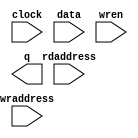
// megafunction wizard: %RAM: 2-PORT%VBB%
// GENERATION: STANDARD
// VERSION: WM1.0
// MODULE: altsyncram 

// ============================================================
// Megafunction Name(s):
// 			altsyncram
//
// Simulation Library Files(s):
// 			altera_mf
// ============================================================
// ************************************************************
// THIS IS A WIZARD-GENERATED FILE. DO NOT EDIT THIS FILE!
//
// 9.1 Build 350 03/24/2010 SP 2 SJ Web Edition
// ************************************************************

//Copyright (C) 1991-2010 Altera Corporation
//Your use of Altera Corporation's design tools, logic functions 
//and other software and tools, and its AMPP partner logic 
//functions, and any output files from any of the foregoing 
//(including device programming or simulation files), and any 
//associated documentation or information are expressly subject 
//to the terms and conditions of the Altera Program License 
//Subscription Agreement, Altera MegaCore Function License 
//Agreement, or other applicable license agreement, including, 
//without limitation, that your use is for the sole purpose of 
//programming logic devices manufactured by Altera and sold by 
//Altera or its authorized distributors.  Please refer to the 
//applicable agreement for further details.

module fir_ram (
	clock,
	data,
	rdaddress,
	wraddress,
	wren,
	q);

	input	  clock;
	input	[15:0]  data;
	input	[8:0]  rdaddress;
	input	[8:0]  wraddress;
	input	  wren;
	output	[15:0]  q;
`ifndef ALTERA_RESERVED_QIS
// synopsys translate_off
`endif
	tri1	  clock;
	tri0	  wren;
`ifndef ALTERA_RESERVED_QIS
// synopsys translate_on
`endif

endmodule

// ============================================================
// CNX file retrieval info
// ============================================================
// Retrieval info: PRIVATE: ADDRESSSTALL_A NUMERIC "0"
// Retrieval info: PRIVATE: ADDRESSSTALL_B NUMERIC "0"
// Retrieval info: PRIVATE: BYTEENA_ACLR_A NUMERIC "0"
// Retrieval info: PRIVATE: BYTEENA_ACLR_B NUMERIC "0"
// Retrieval info: PRIVATE: BYTE_ENABLE_A NUMERIC "0"
// Retrieval info: PRIVATE: BYTE_ENABLE_B NUMERIC "0"
// Retrieval info: PRIVATE: BYTE_SIZE NUMERIC "8"
// Retrieval info: PRIVATE: BlankMemory NUMERIC "1"
// Retrieval info: PRIVATE: CLOCK_ENABLE_INPUT_A NUMERIC "0"
// Retrieval info: PRIVATE: CLOCK_ENABLE_INPUT_B NUMERIC "0"
// Retrieval info: PRIVATE: CLOCK_ENABLE_OUTPUT_A NUMERIC "0"
// Retrieval info: PRIVATE: CLOCK_ENABLE_OUTPUT_B NUMERIC "0"
// Retrieval info: PRIVATE: CLRdata NUMERIC "0"
// Retrieval info: PRIVATE: CLRq NUMERIC "0"
// Retrieval info: PRIVATE: CLRrdaddress NUMERIC "0"
// Retrieval info: PRIVATE: CLRrren NUMERIC "0"
// Retrieval info: PRIVATE: CLRwraddress NUMERIC "0"
// Retrieval info: PRIVATE: CLRwren NUMERIC "0"
// Retrieval info: PRIVATE: Clock NUMERIC "0"
// Retrieval info: PRIVATE: Clock_A NUMERIC "0"
// Retrieval info: PRIVATE: Clock_B NUMERIC "0"
// Retrieval info: PRIVATE: ECC NUMERIC "0"
// Retrieval info: PRIVATE: IMPLEMENT_IN_LES NUMERIC "0"
// Retrieval info: PRIVATE: INDATA_ACLR_B NUMERIC "0"
// Retrieval info: PRIVATE: INDATA_REG_B NUMERIC "0"
// Retrieval info: PRIVATE: INIT_FILE_LAYOUT STRING "PORT_B"
// Retrieval info: PRIVATE: INIT_TO_SIM_X NUMERIC "0"
// Retrieval info: PRIVATE: INTENDED_DEVICE_FAMILY STRING "Cyclone"
// Retrieval info: PRIVATE: JTAG_ENABLED NUMERIC "0"
// Retrieval info: PRIVATE: JTAG_ID STRING "NONE"
// Retrieval info: PRIVATE: MAXIMUM_DEPTH NUMERIC "0"
// Retrieval info: PRIVATE: MEMSIZE NUMERIC "8192"
// Retrieval info: PRIVATE: MEM_IN_BITS NUMERIC "0"
// Retrieval info: PRIVATE: MIFfilename STRING ""
// Retrieval info: PRIVATE: OPERATION_MODE NUMERIC "2"
// Retrieval info: PRIVATE: OUTDATA_ACLR_B NUMERIC "0"
// Retrieval info: PRIVATE: OUTDATA_REG_B NUMERIC "0"
// Retrieval info: PRIVATE: RAM_BLOCK_TYPE NUMERIC "0"
// Retrieval info: PRIVATE: READ_DURING_WRITE_MODE_MIXED_PORTS NUMERIC "2"
// Retrieval info: PRIVATE: READ_DURING_WRITE_MODE_PORT_A NUMERIC "4"
// Retrieval info: PRIVATE: READ_DURING_WRITE_MODE_PORT_B NUMERIC "4"
// Retrieval info: PRIVATE: REGdata NUMERIC "1"
// Retrieval info: PRIVATE: REGq NUMERIC "1"
// Retrieval info: PRIVATE: REGrdaddress NUMERIC "1"
// Retrieval info: PRIVATE: REGrren NUMERIC "1"
// Retrieval info: PRIVATE: REGwraddress NUMERIC "1"
// Retrieval info: PRIVATE: REGwren NUMERIC "1"
// Retrieval info: PRIVATE: SYNTH_WRAPPER_GEN_POSTFIX STRING "0"
// Retrieval info: PRIVATE: USE_DIFF_CLKEN NUMERIC "0"
// Retrieval info: PRIVATE: UseDPRAM NUMERIC "1"
// Retrieval info: PRIVATE: VarWidth NUMERIC "0"
// Retrieval info: PRIVATE: WIDTH_READ_A NUMERIC "16"
// Retrieval info: PRIVATE: WIDTH_READ_B NUMERIC "16"
// Retrieval info: PRIVATE: WIDTH_WRITE_A NUMERIC "16"
// Retrieval info: PRIVATE: WIDTH_WRITE_B NUMERIC "16"
// Retrieval info: PRIVATE: WRADDR_ACLR_B NUMERIC "0"
// Retrieval info: PRIVATE: WRADDR_REG_B NUMERIC "0"
// Retrieval info: PRIVATE: WRCTRL_ACLR_B NUMERIC "0"
// Retrieval info: PRIVATE: enable NUMERIC "0"
// Retrieval info: PRIVATE: rden NUMERIC "0"
// Retrieval info: CONSTANT: ADDRESS_ACLR_A STRING "NONE"
// Retrieval info: CONSTANT: ADDRESS_ACLR_B STRING "NONE"
// Retrieval info: CONSTANT: ADDRESS_REG_B STRING "CLOCK0"
// Retrieval info: CONSTANT: INDATA_ACLR_A STRING "NONE"
// Retrieval info: CONSTANT: INTENDED_DEVICE_FAMILY STRING "Cyclone"
// Retrieval info: CONSTANT: LPM_TYPE STRING "altsyncram"
// Retrieval info: CONSTANT: NUMWORDS_A NUMERIC "512"
// Retrieval info: CONSTANT: NUMWORDS_B NUMERIC "512"
// Retrieval info: CONSTANT: OPERATION_MODE STRING "DUAL_PORT"
// Retrieval info: CONSTANT: OUTDATA_ACLR_B STRING "NONE"
// Retrieval info: CONSTANT: OUTDATA_REG_B STRING "UNREGISTERED"
// Retrieval info: CONSTANT: POWER_UP_UNINITIALIZED STRING "FALSE"
// Retrieval info: CONSTANT: READ_DURING_WRITE_MODE_MIXED_PORTS STRING "DONT_CARE"
// Retrieval info: CONSTANT: WIDTHAD_A NUMERIC "9"
// Retrieval info: CONSTANT: WIDTHAD_B NUMERIC "9"
// Retrieval info: CONSTANT: WIDTH_A NUMERIC "16"
// Retrieval info: CONSTANT: WIDTH_B NUMERIC "16"
// Retrieval info: CONSTANT: WIDTH_BYTEENA_A NUMERIC "1"
// Retrieval info: CONSTANT: WRCONTROL_ACLR_A STRING "NONE"
// Retrieval info: USED_PORT: clock 0 0 0 0 INPUT VCC clock
// Retrieval info: USED_PORT: data 0 0 16 0 INPUT NODEFVAL data[15..0]
// Retrieval info: USED_PORT: q 0 0 16 0 OUTPUT NODEFVAL q[15..0]
// Retrieval info: USED_PORT: rdaddress 0 0 9 0 INPUT NODEFVAL rdaddress[8..0]
// Retrieval info: USED_PORT: wraddress 0 0 9 0 INPUT NODEFVAL wraddress[8..0]
// Retrieval info: USED_PORT: wren 0 0 0 0 INPUT GND wren
// Retrieval info: CONNECT: @data_a 0 0 16 0 data 0 0 16 0
// Retrieval info: CONNECT: @wren_a 0 0 0 0 wren 0 0 0 0
// Retrieval info: CONNECT: q 0 0 16 0 @q_b 0 0 16 0
// Retrieval info: CONNECT: @address_a 0 0 9 0 wraddress 0 0 9 0
// Retrieval info: CONNECT: @address_b 0 0 9 0 rdaddress 0 0 9 0
// Retrieval info: CONNECT: @clock0 0 0 0 0 clock 0 0 0 0
// Retrieval info: LIBRARY: altera_mf altera_mf.altera_mf_components.all
// Retrieval info: GEN_FILE: TYPE_NORMAL fir_ram.v TRUE
// Retrieval info: GEN_FILE: TYPE_NORMAL fir_ram.inc FALSE
// Retrieval info: GEN_FILE: TYPE_NORMAL fir_ram.cmp FALSE
// Retrieval info: GEN_FILE: TYPE_NORMAL fir_ram.bsf FALSE
// Retrieval info: GEN_FILE: TYPE_NORMAL fir_ram_inst.v FALSE
// Retrieval info: GEN_FILE: TYPE_NORMAL fir_ram_bb.v TRUE
// Retrieval info: GEN_FILE: TYPE_NORMAL fir_ram_waveforms.html TRUE
// Retrieval info: GEN_FILE: TYPE_NORMAL fir_ram_wave*.jpg FALSE
// Retrieval info: LIB_FILE: altera_mf